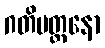
ဂတိမတ္တနော